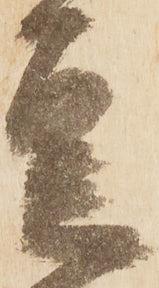
豆